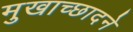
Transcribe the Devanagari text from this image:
मुखाच्छादने